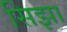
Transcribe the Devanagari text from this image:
सिझा